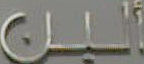
ألين